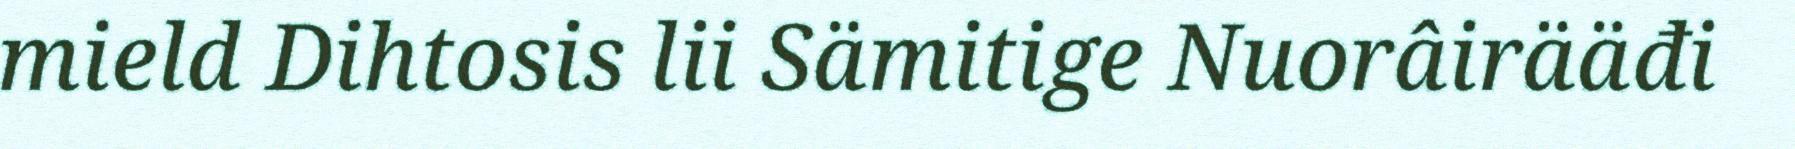
mield Dihtosis lii Sämitige Nuorâirääđi